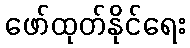
ဖော်ထုတ်နိုင်ရေး